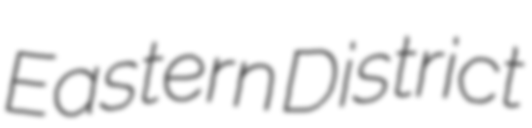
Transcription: Eastern District